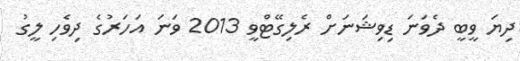
ދިޔަ ވީބީ ދެވަނަ ޑިވިޝަނަށް ރެލިގޭޓްވީ 2013 ވަނަ އަހަރުގެ ދިވެހި ލީގު